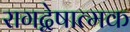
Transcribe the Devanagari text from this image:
रागद्वेषात्मक